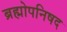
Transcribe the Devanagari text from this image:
ब्रह्मोपनिषद